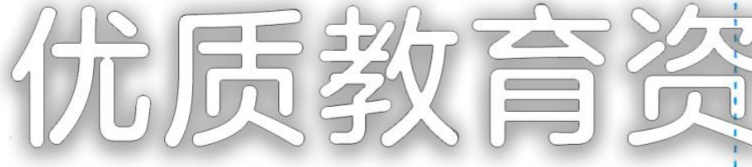
优质教育资